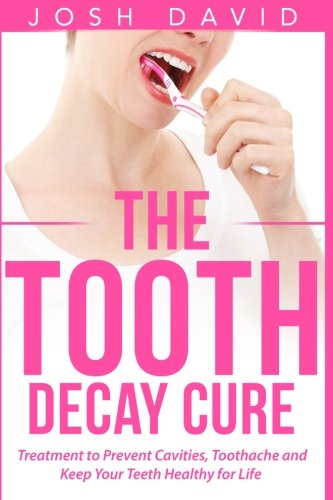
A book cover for The Tooth Decay Cure: Treatment to Prevent Cavities, Toothache and Keep Your Teeth Healthy for Life; Josh David; Medical Books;